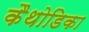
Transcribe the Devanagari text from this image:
कैथोडिका